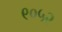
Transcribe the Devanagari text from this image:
९०५२